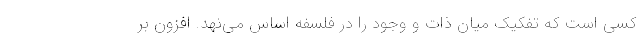
کسی است که تفکیک میان ذات و وجود را در فلسفه اساس می‌نهد. افزون بر